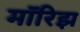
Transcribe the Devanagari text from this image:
मॉरिझ